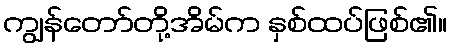
ကျွန်တော်တို့အိမ်က နှစ်ထပ်ဖြစ်၏။